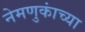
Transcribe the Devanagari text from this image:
नेमणुकांच्या